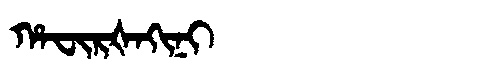
Manchu: ᡥᠠᠸᡳᡵᡧᠠᡴᡳᠨᡳ
Romanization: HAFIRŠAKINI